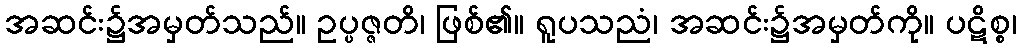
အဆင်း၌အမှတ်သည်။ ဥပ္ပဇ္ဇတိ၊ ဖြစ်၏။ ရူပသညံ၊ အဆင်း၌အမှတ်ကို။ ပဋိစ္စ၊